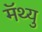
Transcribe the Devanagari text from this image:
मॅथ्यु